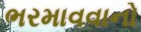
ભરમાવવાનો